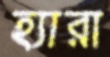
হ্যারা